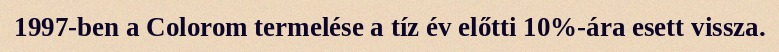
1997-ben a Colorom termelése a tíz év előtti 10%-ára esett vissza.